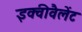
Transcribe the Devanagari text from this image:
इक्वीवैलेंट